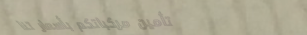
تأمين مركباتكم بأسعار تنا